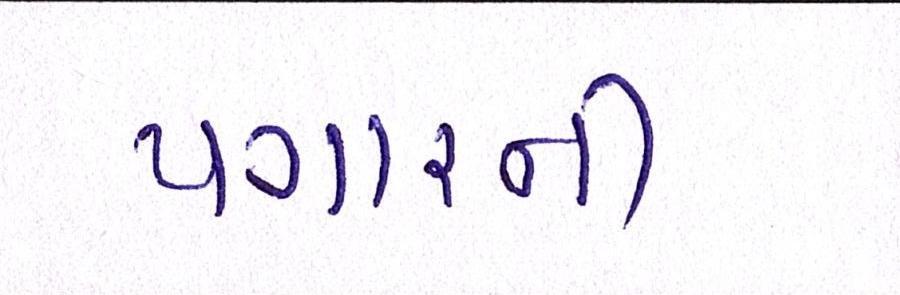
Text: પગારની